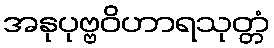
အနုပုဗ္ဗဝိဟာရသုတ္တံ